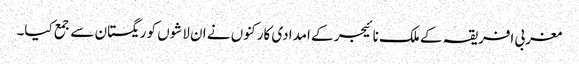
مغربی افریقہ کے ملک نائیجر کے امدادی کارکنوں نے ان لاشوں کو ریگستان سے جمع کیا۔